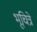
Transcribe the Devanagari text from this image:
भूचित्रे